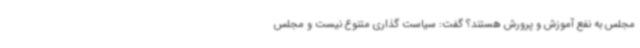
مجلس به نفع آموزش و پرورش هستند؟ گفت: سیاست گذاری متنوع نیست و مجلس